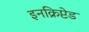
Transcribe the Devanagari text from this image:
इनक्रिप्टेड